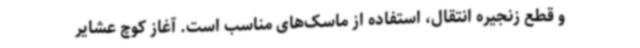
و قطع زنجیره انتقال، استفاده از ماسک‌های مناسب است. آغاز کوچ عشایر